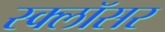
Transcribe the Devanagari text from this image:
स्क्लॉसर